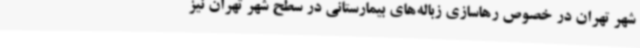
شهر تهران در خصوص رهاسازی زباله‌های بیمارستانی در سطح شهر تهران نیز